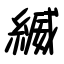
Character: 縅